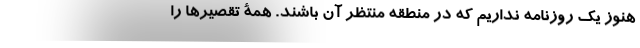
هنوز یک روزنامه نداریم که در منطقه منتظر آن باشند. همۀ تقصیرها را